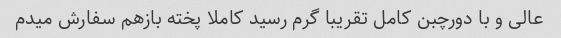
عالی و با دورچبن کامل تقریبا گرم رسید کاملا پخته بازهم سفارش میدم